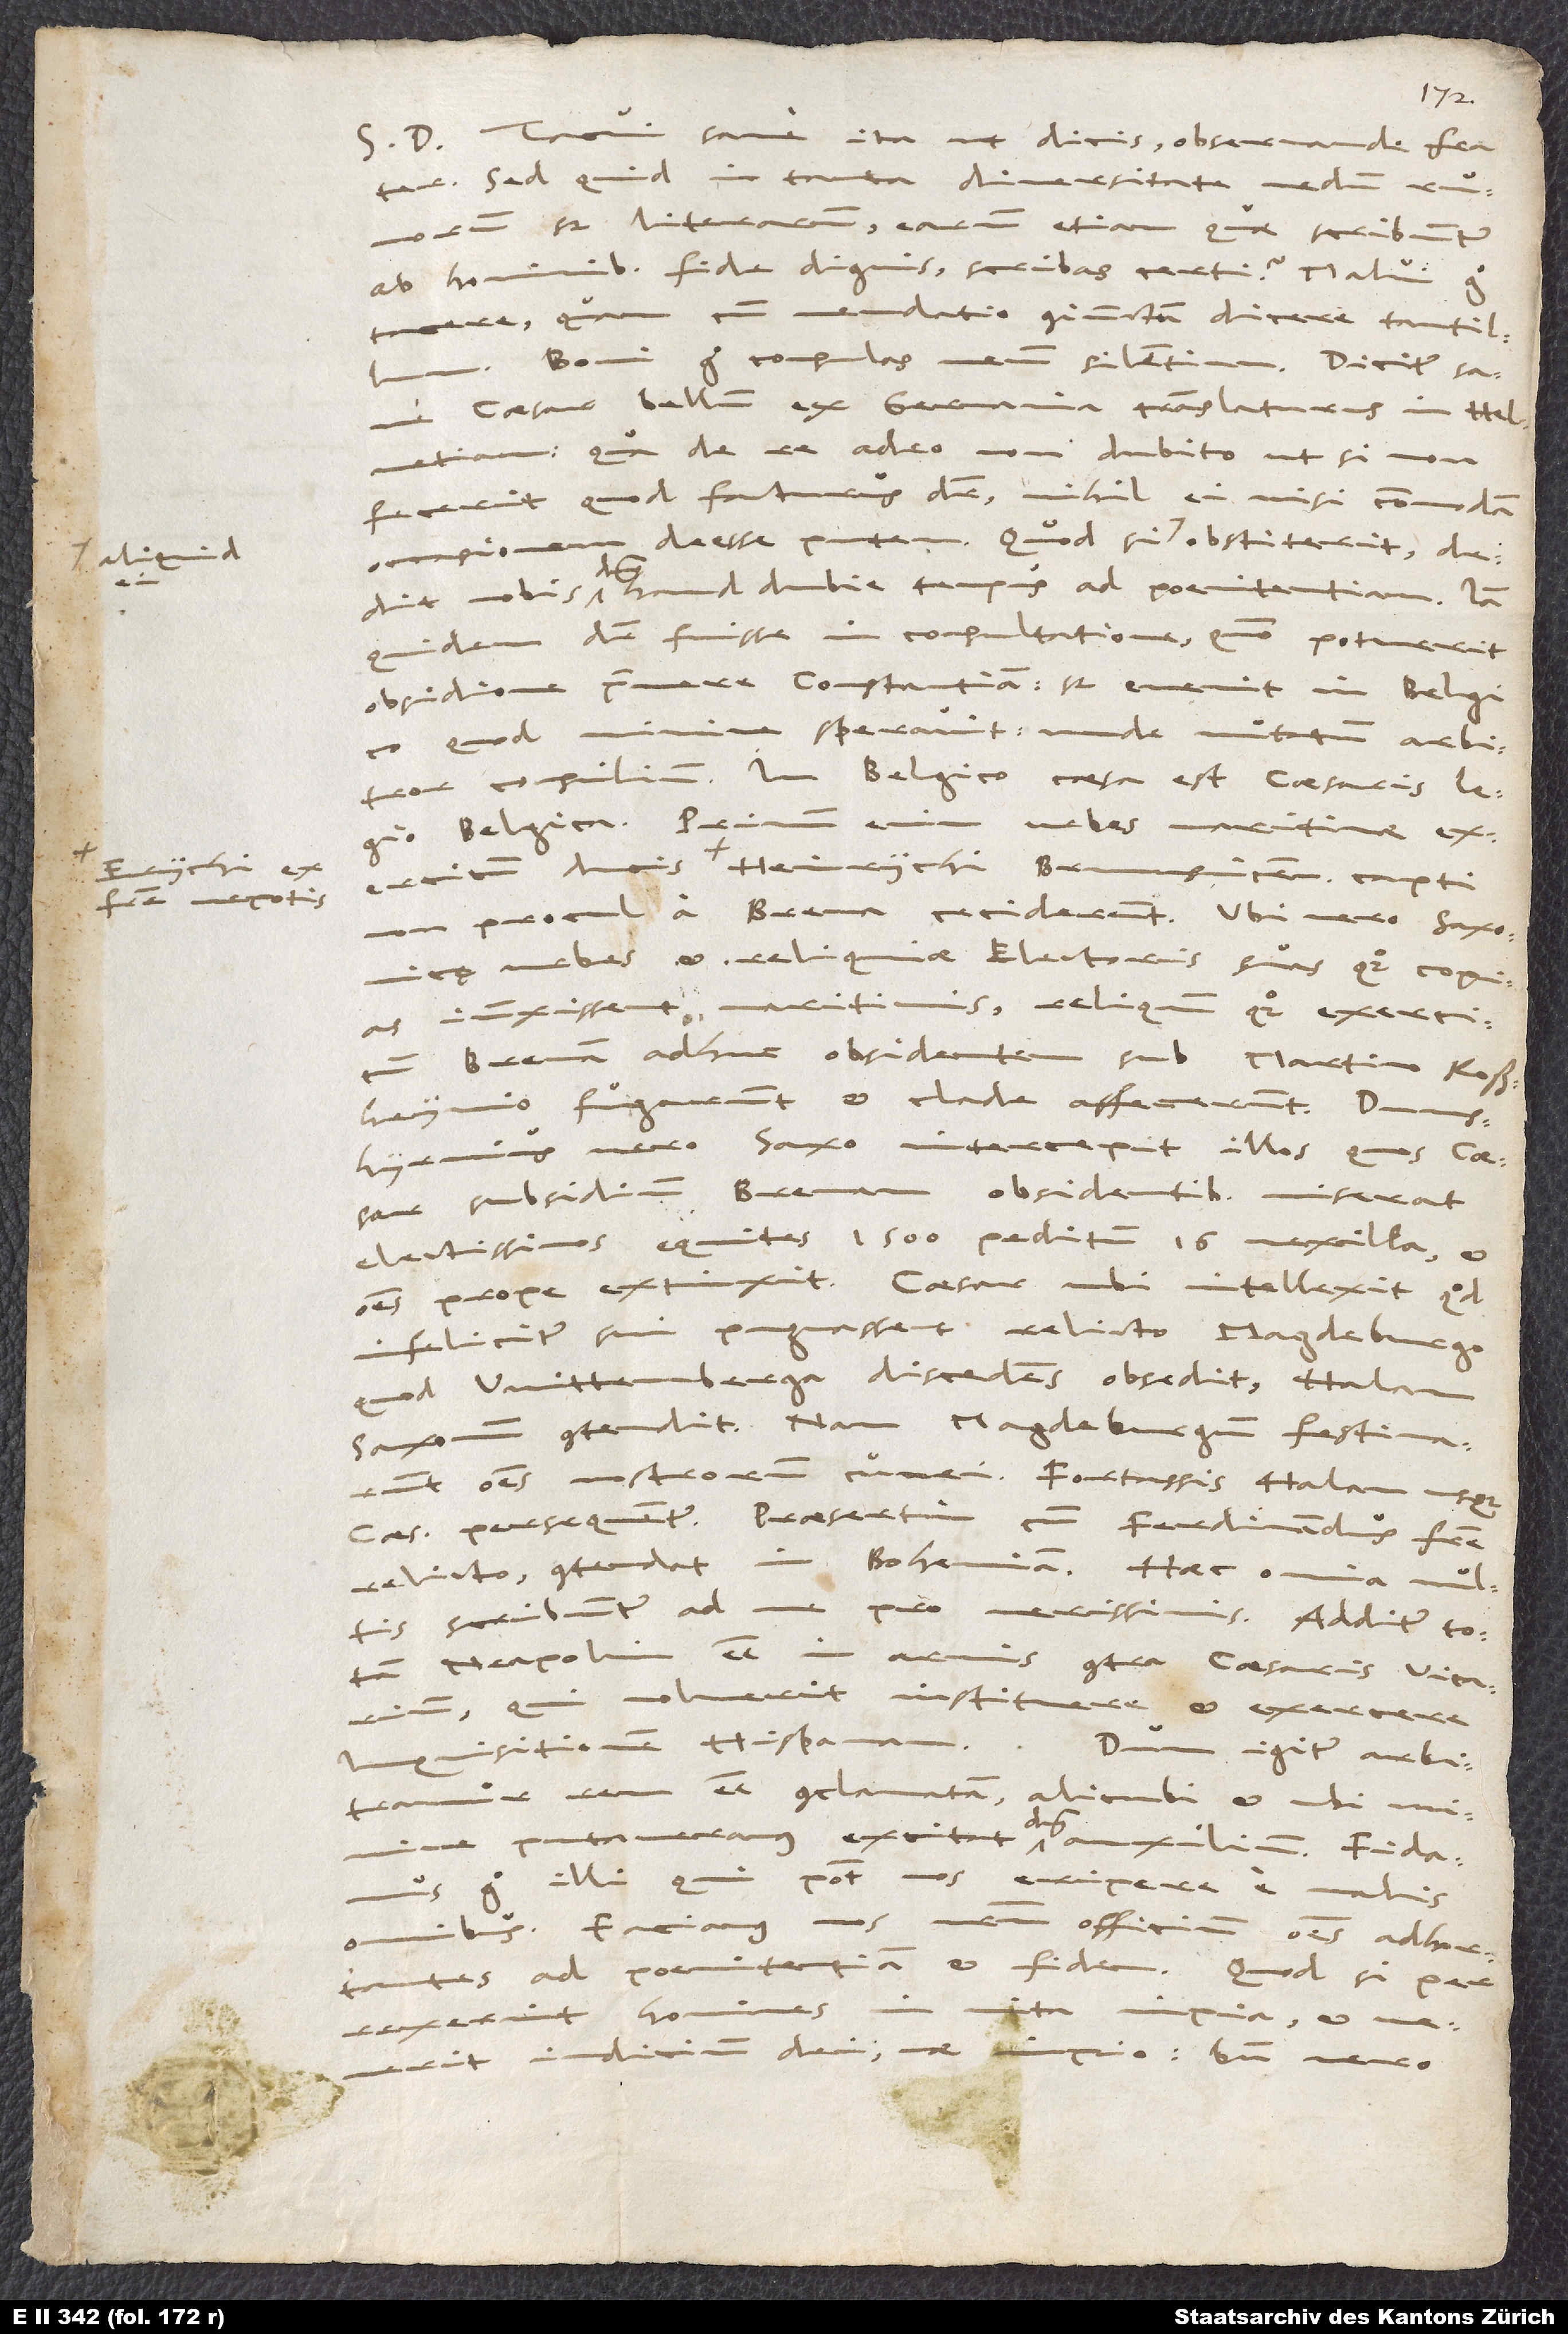
fratre nepotis

S. D. Tacui sane ita, ut dicis, observande frater,
sed quid in tanta diversitate nedum rumorum
sed literarum, earum etiam, quae scribuntur
ab hominibus fide dignis, scribas certi? Malui ergo
tacere quam cum mendatio coniunctum dicere tantillum.
caesar bellum ex Germania translaturus in Helvetiam,
qua de re adeo non dubito, ut, si non
fecerit, quod facturus dicitur, nihil ei nisi commodam
occasionem deesse putem. Quodsi aliquid ei obstiterit,
nobis dominus haud dubie tempus ad poenitentiam. Iam
quidem dicitur fuisse in consultatione, quomodo potuerit
obsidione premere Constantiam. Sed evenit in Belgico,
quod minime speravit, unde mutatum arbitror consilium.
Belgica. Primum enim urbes maritimae exercitum
non procul a Brema ceciderunt. Ubi vero Saxonicę
urbes et reliquiae electoris suas quoque copias
iunxissent maritimis, reliquum quoque exer citum,
Bremam adhuc obsidentem sub Martino Roßheimio,
fugarunt et clade affecerunt.
Dunshyrnius vero Saxo intercepit illos, quos caesar
subsidium Bremam obsidentibus miserat,
electissimos equites 1’500, peditum 16 vexilla,
omnes prope extinxit. Caesar ubi intellexit, quod
infeliciter sui pugnassent, relicto Magdeburgo,
quod Wittenberga discedens obsedit, Halam
Saxonum contendit. Nam Magdeburgum festinarunt
omnes nostrorum cunei. Fortassis Halam usque
caesarem persequentur, praesertim cum Ferdinandus fratre
relicto contendat in Bohemiam. Haec omnia multis
Neapolim esse in
armis contra caesaris vicarium,
qui voluerit instituere et exercere
inquisitionem Hispanam.
Dum igitur arbitramur
rem esse conclamatam, alicubi, et ubi minime
putaveramus, excitat dominus
auxilium. Fidamus
illi, qui potest nos eripere e malis
nos nostrum officium omnes adhortantes
omnibus. Faciamus
ad poenitentiam et fidem. Quod si
perrexerint homines in vita impia, et venerit
iudicium dei: Vae impio! Bene vero